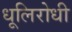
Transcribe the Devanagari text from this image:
धूलिरोधी